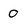
Character: 0